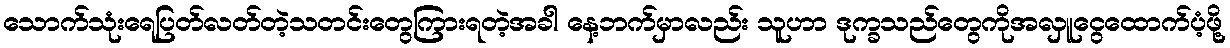
သောက်သုံးရေပြတ်လတ်တဲ့သတင်းတွေကြားရတဲ့အခါ နေ့ဘက်မှာလည်း သူဟာ ဒုက္ခသည်တွေကိုအလှူငွေထောက်ပံ့ဖို့